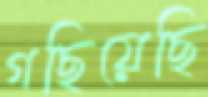
গছিয়েছি